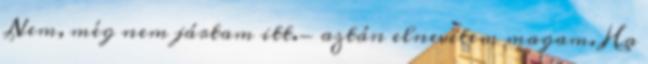
Nem, még nem jártam itt.- aztán elnevetem magam. Ha